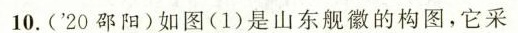
10.('20邵阳)如图(1)是山东舰徽的构图，它采